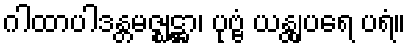
ဂါထာပါဒန္တမဇ္ဈဋ္ဌာ၊ ပုဗ္ဗံ ယန္တျပရေ ပရံ။